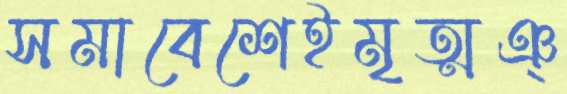
সমাবেশেইমৃত্মঞ্